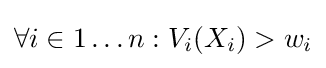
\forall i\in 1\dots n:V_{i}(X_{i})>w_{i}